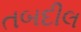
તબદીલ